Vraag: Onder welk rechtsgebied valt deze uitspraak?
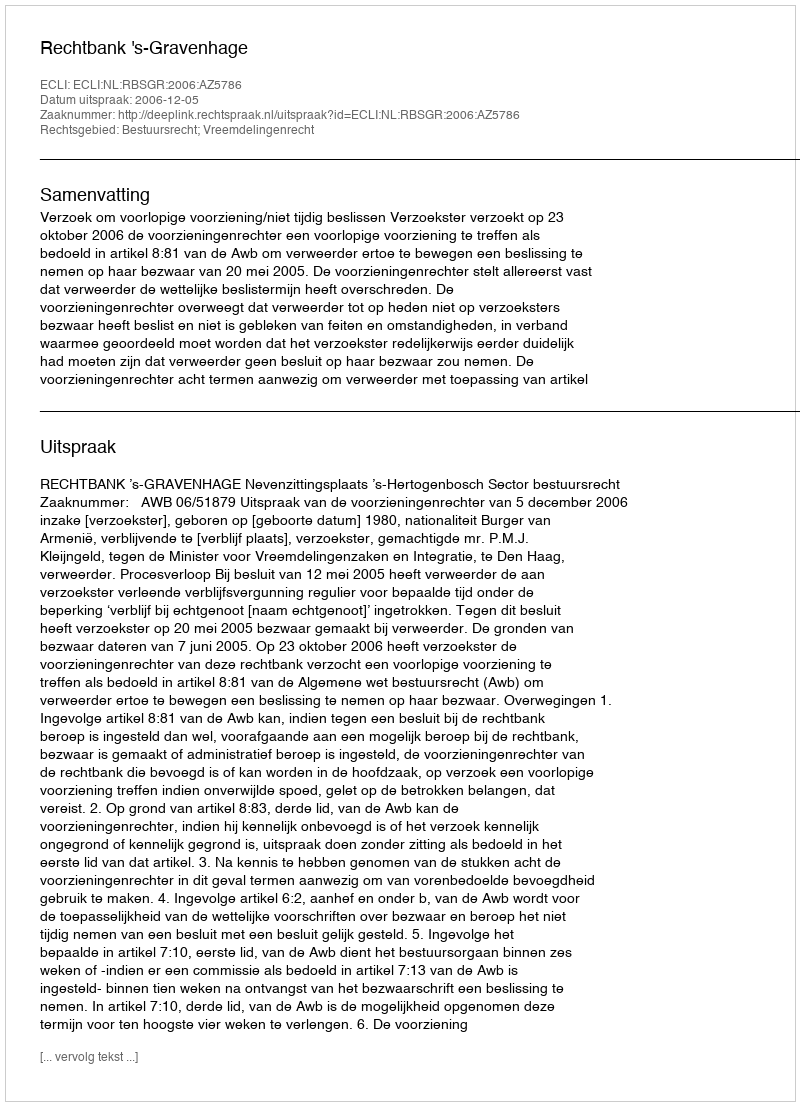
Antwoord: Bestuursrecht; Vreemdelingenrecht